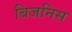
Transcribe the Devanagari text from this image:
बिजनिस